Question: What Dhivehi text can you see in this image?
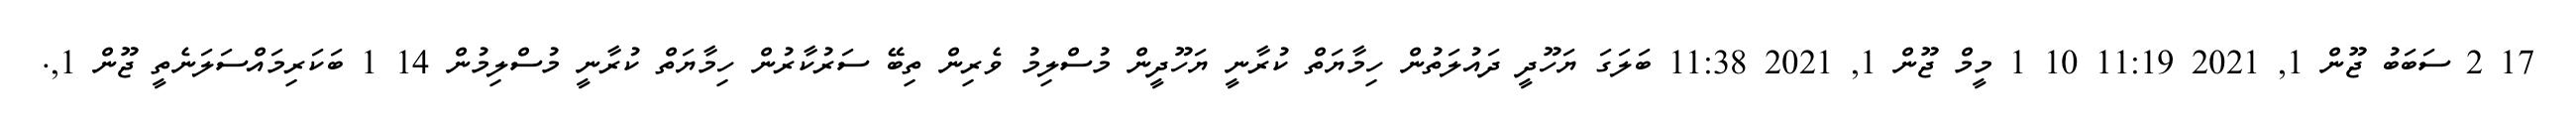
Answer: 17 2 ސަބަބު ޖޫން 1, 2021 11:19 10 1 މީމް ޖޫން 1, 2021 11:38 ބަލަގަ ޔަހޫދީ ދައުލަތުން ހިމާޔަތް ކުރާނީ ޔަހޫދީން މުސްލިމު ވެރިން ތިބޭ ސަރުކާރުން ހިމާޔަތް ކުރާނީ މުސްލިމުން 14 1 ބަކަރިމައްސަލަނެތީ ޖޫން 1,.